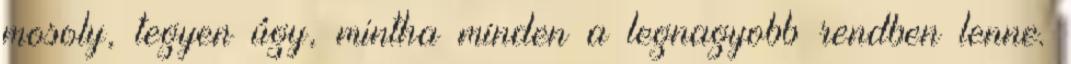
mosoly, tegyen úgy, mintha minden a legnagyobb rendben lenne.